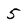
Character: 5